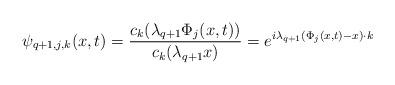
LaTeX: \begin{align*}\psi_{q+1,j,k}(x,t)= \frac{c_k(\lambda_{q+1} \Phi_j(x,t))}{c_k(\lambda_{q+1} x)} = e^{i \lambda_{q+1} (\Phi_j(x,t) - x) \cdot k}\end{align*}